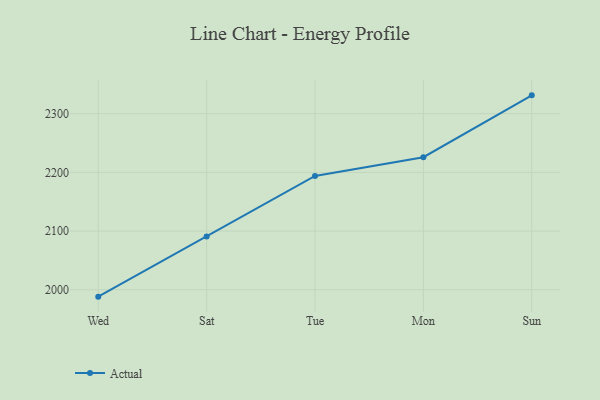
{"axis": {"x": "Day", "y": "Customer Acquisition Cost (USD)"}, "legend": ["Actual"], "data": [{"x": "Wed", "y": 1988.2, "type": "Actual"}, {"x": "Sat", "y": 2090.8, "type": "Actual"}, {"x": "Tue", "y": 2193.9, "type": "Actual"}, {"x": "Mon", "y": 2225.8, "type": "Actual"}, {"x": "Sun", "y": 2331.2, "type": "Actual"}]}